Document type: Emphyteutic lease
Year: 1274
Scribe: Pere Marquès
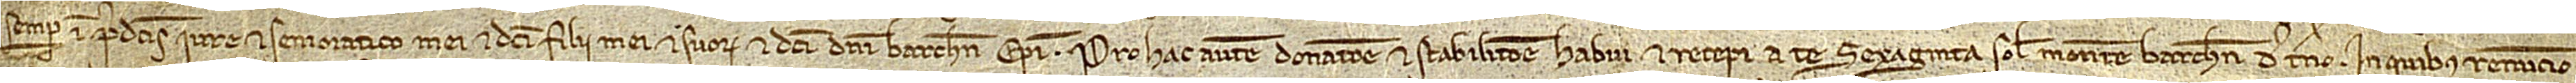
/ semper in predictis iure et senioratico mei et dicti filii mei et suorum et dicti domini Barchinonensis episcopi. Pro hac autem donatione et stabilitione habui et recepi a te sexaginta solidos monete Barchinone de terno, in quibus renuncio